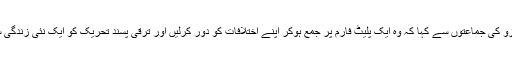
انہوں نے بائیں بازو کی جماعتوں سے کہا کہ وہ ایک پلیٹ فارم پر جمع ہوکر اپنے اختلافات کو دور کرلیں اور ترقی پسند تحریک کو ایک نئی زندگی سے ہمکنار کریں۔